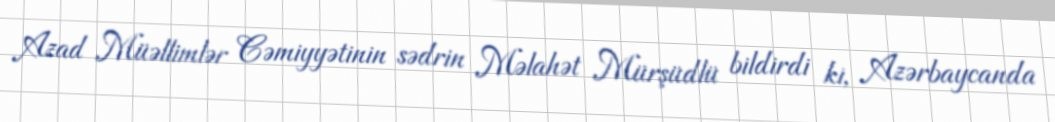
Azad Müəllimlər Cəmiyyətinin sədrin Məlahət Mürşüdlü bildirdi ki, Azərbaycanda